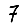
Digit: 7